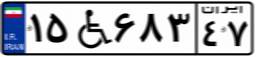
۰۰W۸۸۲۶۶